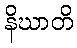
နိဃာတိ